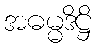
အဓမ္မဒိဋ္ဌိ